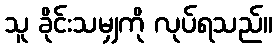
သူ ခိုင်းသမျှကို လုပ်ရသည်။